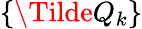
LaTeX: \{ \Tilde{Q}_{k}\}